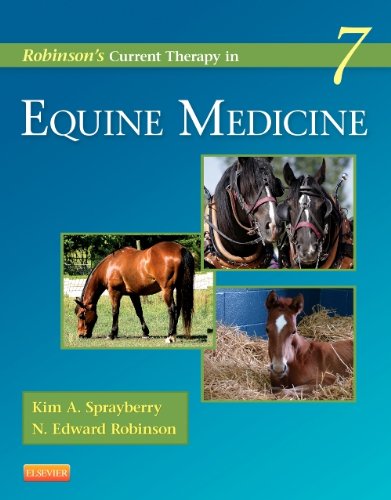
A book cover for Robinson's Current Therapy in Equine Medicine, 7e (Current Veterinary Therapy); Kim A. Sprayberry DVM  DACVIM; Medical Books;